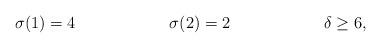
LaTeX: \begin{align*} \sigma(1) = 4 & & \sigma(2) = 2 && \delta \geq 6,\end{align*}